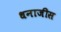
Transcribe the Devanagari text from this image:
धनाजीस